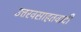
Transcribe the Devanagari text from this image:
उत्तरवसाहतवादी